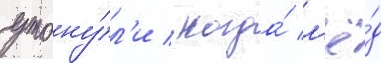
утону́л'и / когда́ л'ё́д